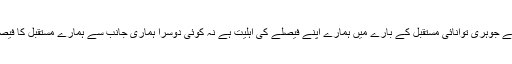
ہمارے لیے جوہری توانائی مستقبل کے بارے میں ہمارے اپنے فیصلے کی اہلیت ہے نہ کوئی دوسرا ہماری جانب سے ہمارے مستقبل کا فیصلہ کرے۔